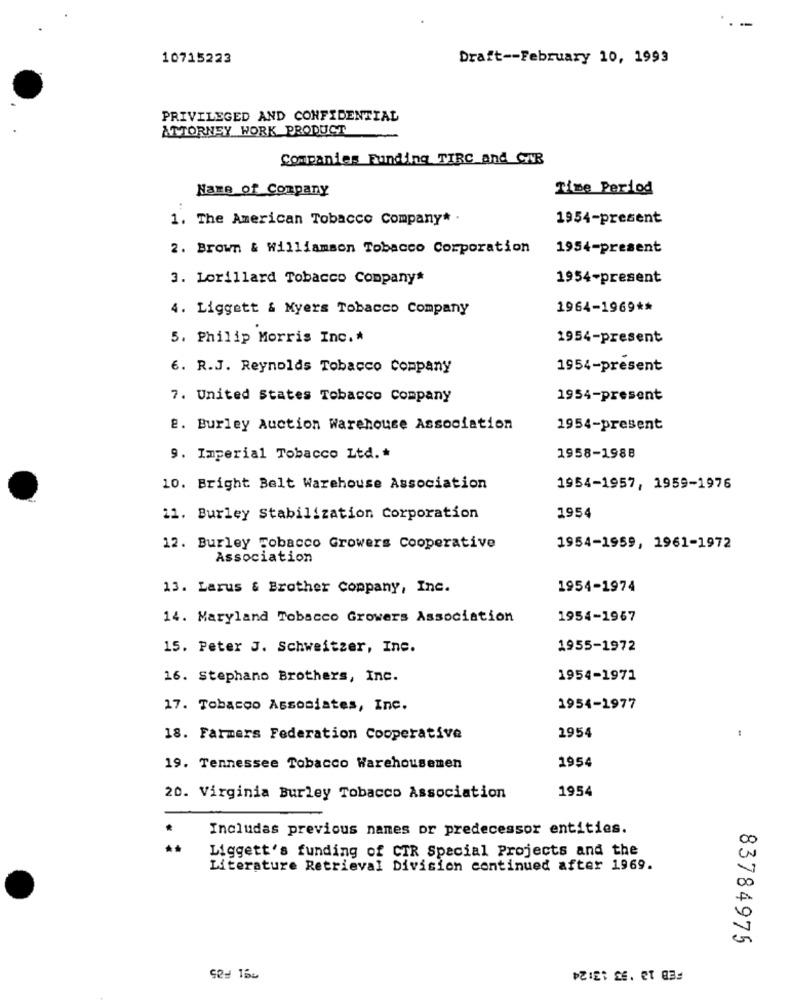
10715223
Draft -- February 10, 1993
PRIVILEGED AND CONFIDENTIAL
ATTORNEY WORK PRODUCT
Companies Funding TIRC and Gy:
Name of Company
Time Period
1. The American Tobacco Company* .
1954-present
2. Brown & Williamson Tobacco Corporation
1954-present
3. Lorillard Tobacco Company*
1954-present
4. Liggett & Myers Tobacco Company
1964-1969 **
5. Philip Morris Inc .*
1954-present
6. R.J. Reynolds Tobacco Company
1954-present
7. United States Tobacco Company
1954-present
2. Burley Auction Warehouse Association
1954-present
9. Imperial Tobacco Ltd. *
1958-1988
10. Bright Belt Warehouse Association
1954-1957, 1959-1976
11. Burley Stabilization Corporation
1954
12. Burley Tobacco Growers Cooperative
1954-1959, 1961-1972
Association
13. Larus & Brother Company, Inc.
1954-1974
14. Maryland Tobacco Growers Association
1954-1967
15. Peter J. Schweitzer, Inc.
1955-1972
16. Stephano Brothers, Inc.
1954-1971
17. Tobacco Associates, Inc.
1954-1977
18. Farmers Federation Cooperative
2954
1954
19. Tennessee Tobacco Warehousemen
1954
20. Virginia Burley Tobacco Association
Includas previous names or predecessor entities.
.
00
Liggett's funding of CIR Special Projects and the
CN
Literature Retrieval Division continued after 1969.
83784975